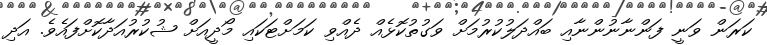
ކަރަން ވަނީ ފަންނާނުންނާއި ބައްދަލުކުރުމަށް ވަގުތުކޮޅެއް ދެއްވި ކަމަށްޓަކައި މޯދީއަށް ޝުކުރުއަދާކޮށްފައެވެ. އަދި